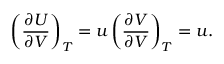
\left( { \frac { \partial U } { \partial V } } \right) _ { T } = u \left( { \frac { \partial V } { \partial V } } \right) _ { T } = u .